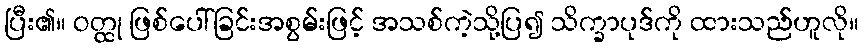
ပြီး၏။ ဝတ္ထု ဖြစ်ပေါ်ခြင်းအစွမ်းဖြင့် အသစ်ကဲ့သို့ပြ၍ သိက္ခာပုဒ်ကို ထားသည်ဟူလို။